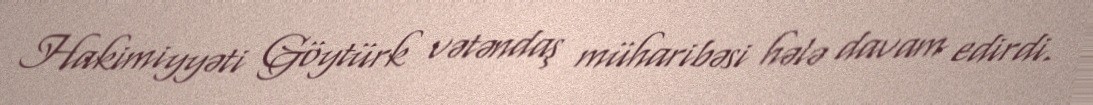
Hakimiyyəti Göytürk vətəndaş müharibəsi hələ davam edirdi.